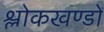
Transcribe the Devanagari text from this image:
श्लोकखण्डों